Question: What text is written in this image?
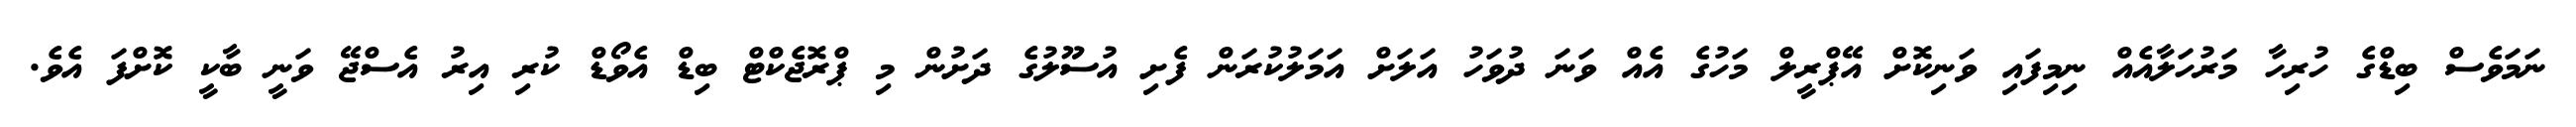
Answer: ނަމަވެސް ބިޑްގެ ހުރިހާ މަރުހަލާއެއް ނިމިފައި ވަނިކޮށް އޭޕްރީލް މަހުގެ އެއް ވަނަ ދުވަހު އަލަށް އަމަލުކުރަން ފެށި އުސޫލުގެ ދަށުން މި ޕްރޮޖެކްޓް ބިޑް އެވޯޑް ކުރި އިރު އެސްޖޭ ވަނީ ބާކީ ކޮށްފަ އެވެ.